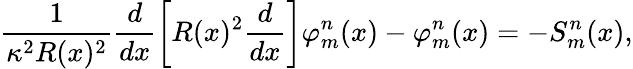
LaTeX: \frac{1}{\kappa^{2}R(x)^{2}}\frac{d}{dx}\left[R(x)^{2}\frac{d}{dx}\right]\varphi_{m}^{n}(x)-\varphi_{m}^{n}(x)=-S_{m}^{n}(x),